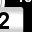
Digit: 2